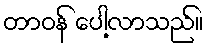
တာဝန် ပေါ့လာသည်။